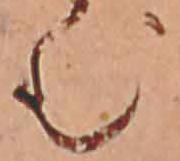
む